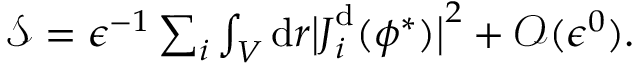
\begin{array} { r } { { \mathcal { S } } = \epsilon ^ { - 1 } \sum _ { i } \int _ { V } \mathrm { d } \boldsymbol { r } \big \vert \boldsymbol { J } _ { i } ^ { \mathrm { d } } ( \phi ^ { * } ) \big \vert ^ { 2 } + \mathcal { O } ( \epsilon ^ { 0 } ) . } \end{array}